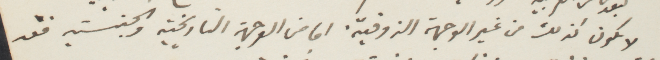
لا نكون كذلك من غير الوجهة الذوقية. اما من الوجهة التاريخية والجنسية فقد